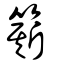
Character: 簛